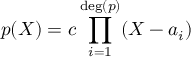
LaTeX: p ( X ) = c \prod _ { i = 1 } ^ { \deg ( p ) } ( X - a _ { i } )